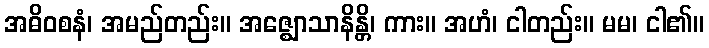
အဓိဝစနံ၊ အမည်တည်း။ အဇ္ဈောသာနိန္တိ၊ ကား။ အဟံ၊ ငါတည်း။ မမ၊ ငါ၏။